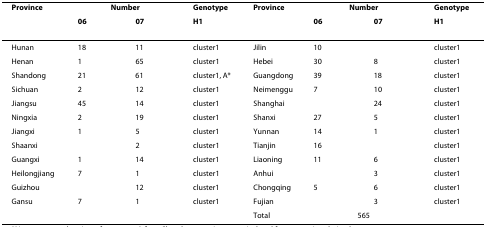
<table><thead><tr><td><b>Province</b></td><td colspan="2"><b>Number</b></td><td><b>Genotype</b></td><td><b>Province</b></td><td colspan="2"><b>Number</b></td><td><b>Genotype</b></td></tr><tr><td></td><td><b>06</b></td><td><b>07</b></td><td><b>H1</b></td><td></td><td><b>06</b></td><td><b>07</b></td><td><b>H1</b></td></tr></thead><tbody><tr><td>Hunan</td><td>18</td><td>11</td><td>cluster1</td><td>Jilin</td><td>10</td><td></td><td>cluster1</td></tr><tr><td>Henan</td><td>1</td><td>65</td><td>cluster1</td><td>Hebei</td><td>30</td><td>8</td><td>cluster1</td></tr><tr><td>Shandong</td><td>21</td><td>61</td><td>cluster1, A*</td><td>Guangdong</td><td>39</td><td>18</td><td>cluster1</td></tr><tr><td>Sichuan</td><td>2</td><td>12</td><td>cluster1</td><td>Neimenggu</td><td>7</td><td>10</td><td>cluster1</td></tr><tr><td>Jiangsu</td><td>45</td><td>14</td><td>cluster1</td><td>Shanghai</td><td></td><td>24</td><td>cluster1</td></tr><tr><td>Ningxia</td><td>2</td><td>19</td><td>cluster1</td><td>Shanxi</td><td>27</td><td>5</td><td>cluster1</td></tr><tr><td>Jiangxi</td><td>1</td><td>5</td><td>cluster1</td><td>Yunnan</td><td>14</td><td>1</td><td>cluster1</td></tr><tr><td>Shaanxi</td><td></td><td>2</td><td>cluster1</td><td>Tianjin</td><td>16</td><td></td><td>cluster1</td></tr><tr><td>Guangxi</td><td>1</td><td>14</td><td>cluster1</td><td>Liaoning</td><td>11</td><td>6</td><td>cluster1</td></tr><tr><td>Heilongjiang</td><td>7</td><td>1</td><td>cluster1</td><td>Anhui</td><td></td><td>3</td><td>cluster1</td></tr><tr><td>Guizhou</td><td></td><td>12</td><td>cluster1</td><td>Chongqing</td><td>5</td><td>6</td><td>cluster1</td></tr><tr><td>Gansu</td><td>7</td><td>1</td><td>cluster1</td><td>Fujian</td><td></td><td>3</td><td>cluster1</td></tr><tr><td></td><td></td><td></td><td></td><td>Total</td><td colspan="2">565</td><td></td></tr></tbody></table>